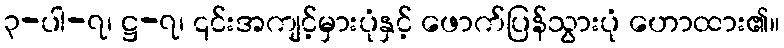
၃-ပါ-၇၊ ဋ္ဌ-၇၊ ၎င်းအကျင့်မှားပုံနှင့် ဖောက်ပြန်သွားပုံ ဟောထား၏။